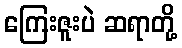
ကြေးဇူးပဲ ဆရာတို့